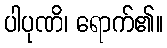
ပါပုဏိ၊ ရောက်၏။